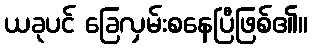
ယခုပင် ခြေလှမ်းစနေပြီဖြစ်၏။